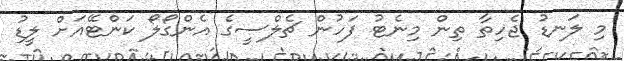
މި ލަނޑު ޖެހިތާ ތިން މިނެޓު ފަހުން ޗެލްސީގެ އެންގޯލޯ ކަންޓޭއަށް ލީޑު